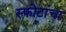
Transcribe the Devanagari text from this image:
स्फोटांचा